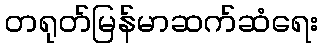
တရုတ်မြန်မာဆက်ဆံရေး